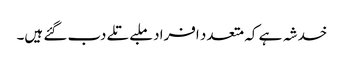
خدشہ ہے کہ متعدد افراد ملبے تلے دب گئے ہیں۔